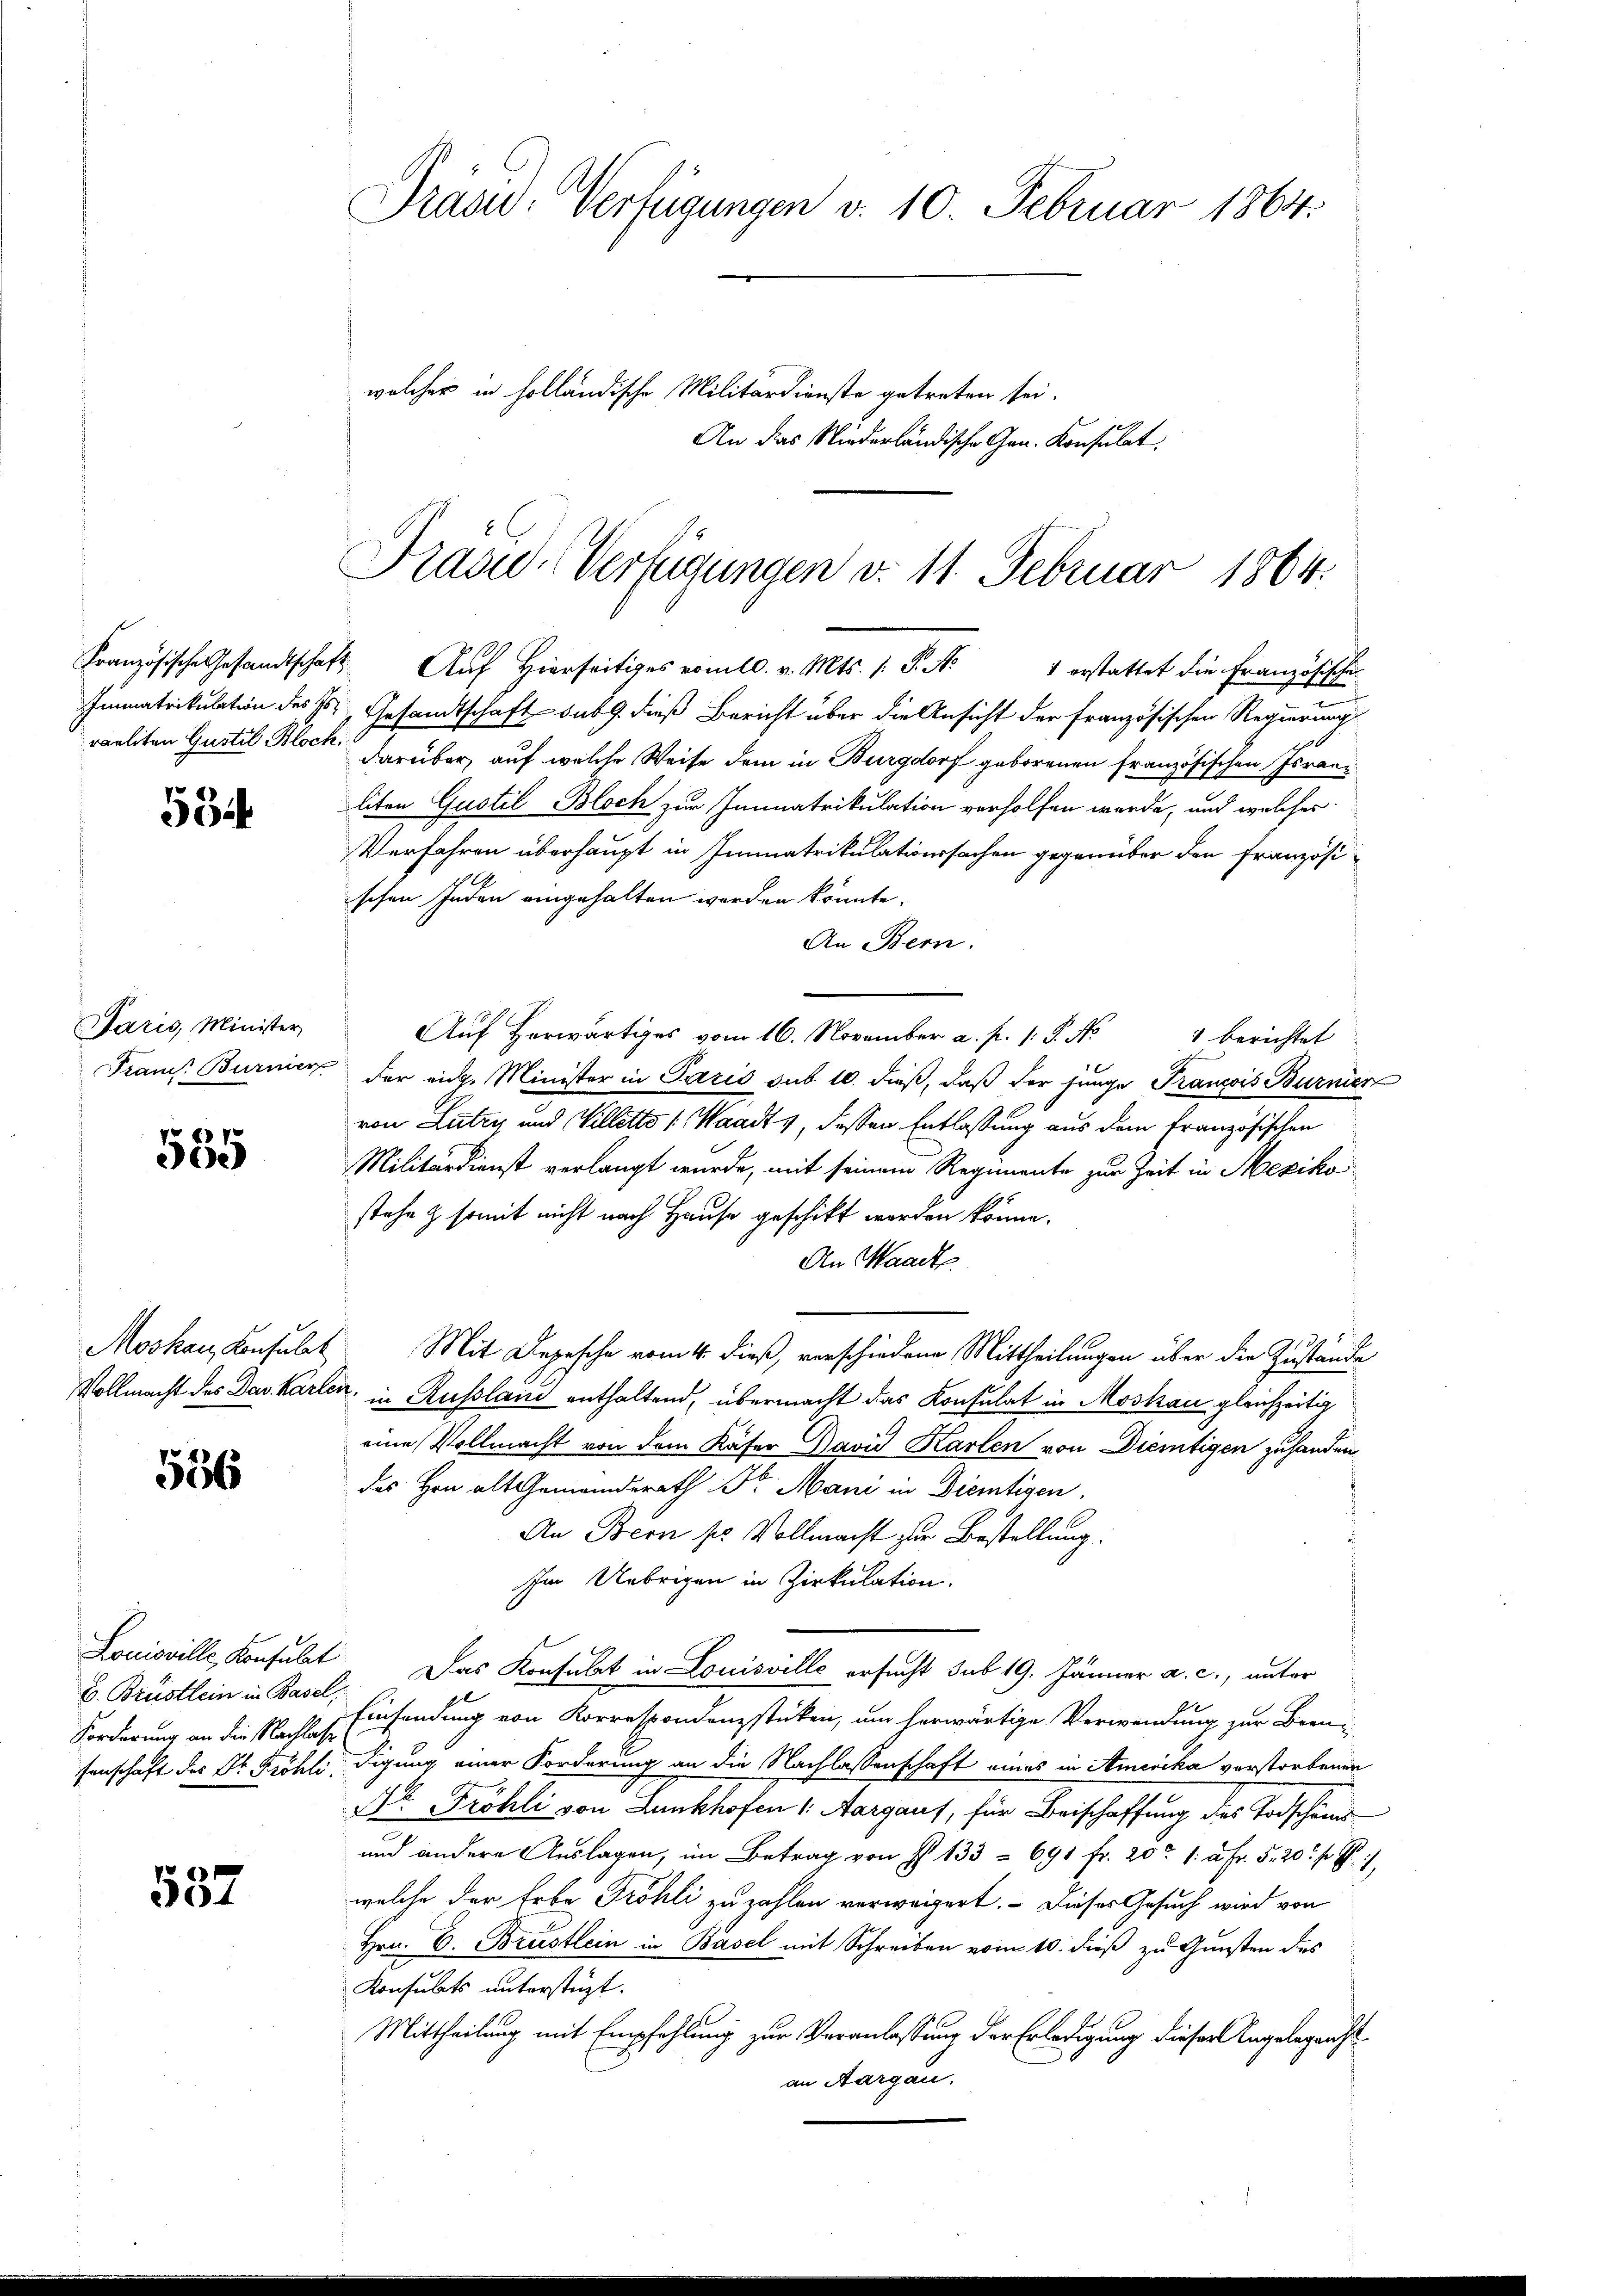
59

Paris, Minister

8 x
e)

Moskau, Konsulat

586

B. Brüstlein in Basel,

537

Präsid. Verfügungen v. 10. Februar 1864.
welcher in holländische Militärdienste getreten sei.
An das Niederländische Gen. Konsulat

Tradi-Verfügungen v. 11. Februar 1864.
Französische Gesandtschaft. Aŭf Hierseitiges vom 10. v. Mts. 1. P. Nr. 1 erstattet die Französische

.
Immatrikulation des E. Gesandtschaft sub 9. dieß Bericht über die Ansicht der Französischen Regierungs
raeliten Gustil Block darüber, auf welche Weise dem in Burgdorf geborenen französischen Franliton Gustil- Bloch zur Immatrikulation verholfen werde, und welcher
Verfahren überhaupt in Immatrikulationssachen gegenüber den französiischen Inden eingehalten werden könnte.
An Bern.
Aŭf herwärtiges vom 16. November a. p. 1. P. Nr. 1 berichtet
Franz Burner der eidg. Minister in Paris sub 10. dieß, daß der junge François Burnier
von Lutry und Villetto (Waadt, dassen Entlassung aus dem Französischen
Militärdienst verlangt wurde, mit seinem Regimente zur Zeit in Mexiko
stehe & somit nicht nach Hause geschikt worden könne.
An Waadt
Mit Depesche vom 4. dieß, verschiedene Mittheilungen über die Zustände
Vollmacht des Das karten, in Russland enthaltend, übermacht das Konsulat in Moskau gleichzeitig
eine Vollmacht von dem Käser David Karlen von Dientigen zuhanden
des Hrn alt Gemeinderath Dr. Mani in Dietigen,
An Bern ses Vollmacht zur Bestellung.
Im Uebrigen in Zirkulation.
Louisville Konsult. Das Konsulat in Louisville ersucht sub 19. Jänner a. c., unter
Forderung an die Nacht. s. Einsendung von Korrespondenzstücken, um herwärtige Verwendung zur Beensenschaft des Dr. Fröhlidigung einer Forderung an die Nachlassenschaft eines in Amerika verstorbenen
I Fröhli von Lunkhofen 1. Aargaus, für Beischaffung des Todschaus-
und andere Aŭslagen, im Betrag von § 133 - 691 fr. 201. à Fr. 5. 20 f
welche der Erbe Fröhli zu zahlen verweigert. - Dieses Gesuch wird von
Hrn. C. Brustlein in Basel mit Schreiben vom 10. dieß zu Gunsten des
Konsulats unterstüzt.
Mittheilung mit Empfehlung zur Veranlassung der Erledigung dieser Angelegenst
an Aargau.